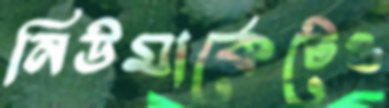
নিউমার্কেটেও